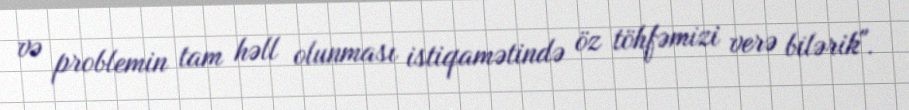
və problemin tam həll olunması istiqamətində öz töhfəmizi verə bilərik".